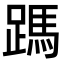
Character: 𮜃